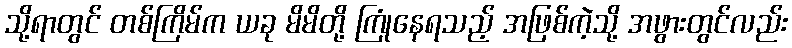
သို့ရာတွင် တစ်ကြိမ်က ယခု မိမိတို့ ကြုံနေရသည့် အဖြစ်ကဲ့သို့ အဖွားတွင်လည်း